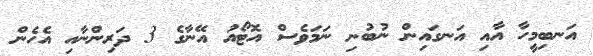
އަނބިމީހާ އާއި އަނގައިން ނުބުނި ނަމަވެސް އޮޓޯއު އޭނާގެ 3 ދަރިންނާއި އެހެން